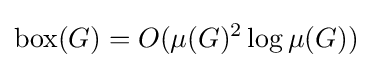
\operatorname {box} (G)=O(\mu (G)^{2}\log \mu (G))